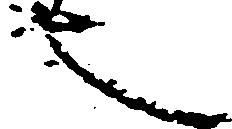
也